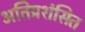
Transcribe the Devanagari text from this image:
अतिप्रशंसित